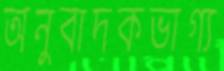
অনুবাদকভাগ্য